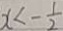
x < - \frac { 1 } { 2 }